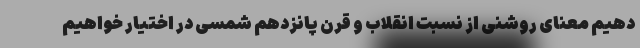
دهیم معنای روشنی از نسبت انقلاب و قرن پانزدهم شمسی در اختیار خواهیم